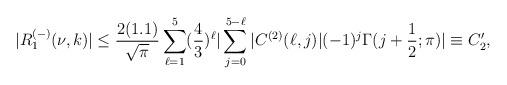
LaTeX: \begin{align*}|R^{(-)}_1(\nu,k)|\leq\frac{2(1.1)}{\sqrt{\pi}}\sum_{\ell=1}^{5}(\frac{4}{3})^{\ell}|\sum_{j=0}^{5-\ell}|C^{(2)}(\ell,j)|(-1)^j\Gamma(j+\frac{1}{2};\pi)|\equiv C'_2,\end{align*}